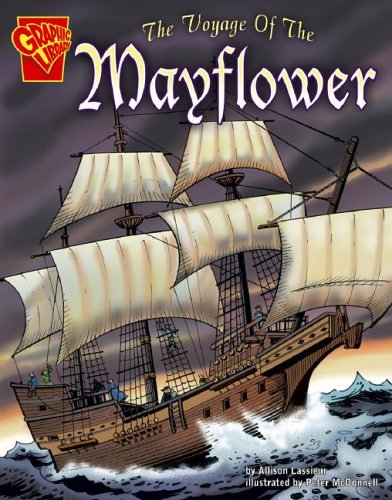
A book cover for The Voyage of the Mayflower (Graphic History); Allison Lassieur; Children's Books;